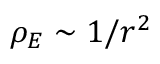
\rho _ { E } \sim 1 / r ^ { 2 }